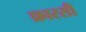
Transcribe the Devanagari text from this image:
फ्रारसी